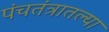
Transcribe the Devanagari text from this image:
पंचतंत्रातल्या